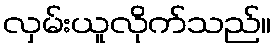
လှမ်းယူလိုက်သည်။